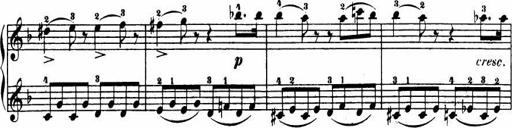
Title: Le bouquetier
Composer: Anton Diabelli
Key: G major
 C major
 F major
 C major